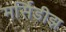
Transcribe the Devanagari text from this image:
मर्सिडीझ